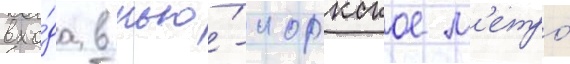
вхо́да в нью́-иоркское м'етро́